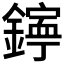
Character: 𨭋